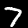
Label: 7